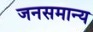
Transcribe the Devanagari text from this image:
जनसमान्य